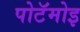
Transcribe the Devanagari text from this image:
पोटॅमोइ